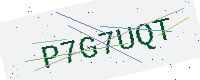
Text: P7G7UQT